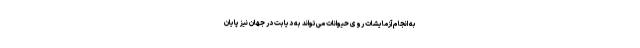
به انجام آزمایشات روی حیوانات می‌تواند به دیابت در جهان نیز پایان